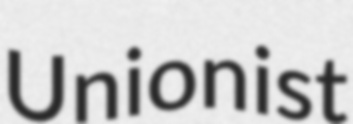
Unionist